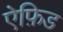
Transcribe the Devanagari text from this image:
ऐफ़िड